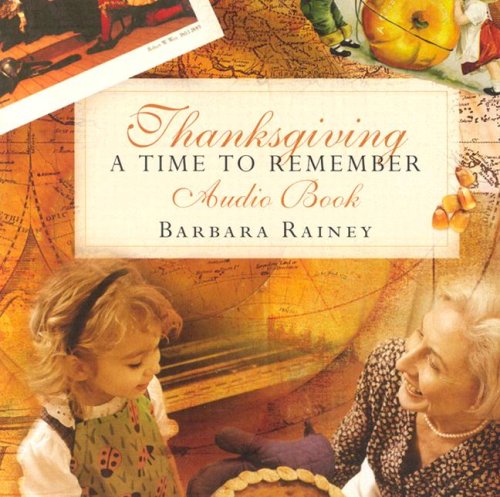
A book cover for Thanksgiving: A Time to Remember; Barbara Rainey; Politics & Social Sciences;